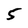
Character: 5